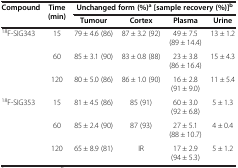
| <ROWSPAN=2> Compound | <ROWSPAN=2> Time (min) | <COLSPAN=4> Unchanged form (%)a [sample recovery (%)]b |
 | Tumour | Cortex | Plasma | Urine |
 | --- | --- | --- | --- | --- | --- |
 | <ROWSPAN=3> 18F-SIG343 | 15 | 79 ± 4.6 (86) | 87 ± 3.2 (92) | 49 ± 7.5 (89 ± 14.4) | 13 ± 1.2 |
 | 60 | 85 ± 3.1 (90) | 83 ± 0.8 (88) | 23 ± 3.8 (86 ± 16.4) | 15 ± 4.3 |
 | 120 | 80 ± 5.0 (86) | 86 ± 1.0 (90) | 16 ± 2.8 (91 ± 9.0) | 11 ± 5.4 |
 | <ROWSPAN=3> 18F-SIG353 | 15 | 81 ± 4.5 (86) | 85 (91) | 60 ± 3.0 (92 ± 6.8) | 5 ± 1.3 |
 | 60 | 85 ± 2.4 (90) | 87 (93) | 27 ± 5.1 (88 ± 10.7) | 4 ± 0.4 |
 | 120 | 65 ± 8.9 (81) | IR | 17 ± 2.9 (94 ± 5.3) | 5 ± 1.2 |